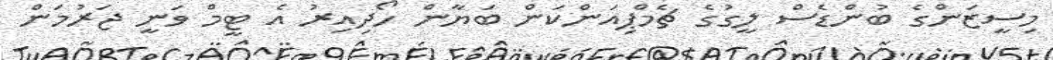
މިސީޒަންގެ ބުންޑެސް ލީގުގެ ޗެމްޕިއަންކަން ބަޔާން ހޯދިއިރު އެ ޓީމް ވަނީ ޖަރުމަން